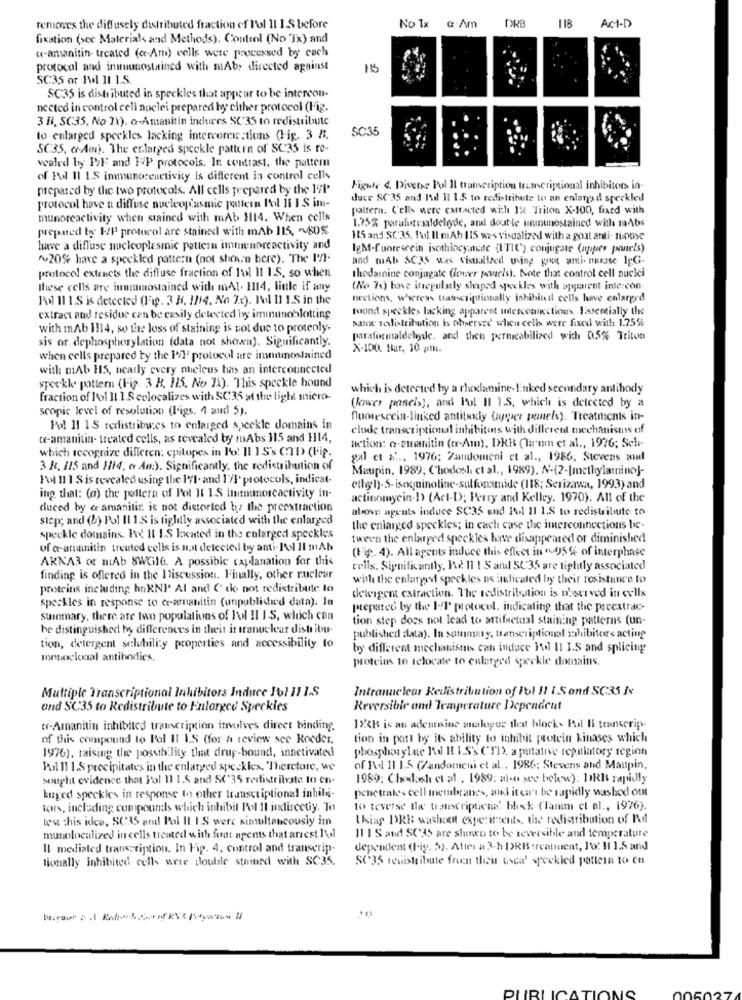
DRB
118
Act-D
removes the diffusely distributed fraction of l'ol 11 1.S before
No Ix a.Am
fixation (see Materials and Methods). Control (No 'jx) and
w-amanitin- treated (ce-Am) cells were processed by cach
protocol and inmunostained with mAb, directed against
115
SC35 or Ful 11 1.5.
SC35 is distributed in speckles that appear to be intercon-
nected in control celi nuclei prepared by either protocol (lig.
3 B. SC35, No Ix). a-Amanitin incures SC:35 to redistribute
SC35
to enlarged speckles lacking intercenarations (Fig. 3 8.
SC35, or-Aw). The erlarged speckle pattern of SC35 is re-
vealed by P/F and HP protocols. In contrast, the pattem
of Pol Il L.S immunoreactivity is different in control cells
prepared by the two protocols. All cells prepared by the 17P'
Figure 4. Divers Fol Il transcription transcriptional inhibitors in-
duce SC'35 and Iil il I.S to tedistribute to an enlarged speckled
protocol have a diffuse nucleoplasmic pattern Pol I1 1 S im-
pattern. Cells were extracted with It Triton X-100, fixed with
munoreactivity when stained with mAb H14. When cells
prepared by KP protocol are stained with mAb 115, ~ 80%
1.75% paraformaldelgde, and double immunostained with mAbs
115 and St'35. Pol Il mAb 115 was visualized with a goat anti- mouse
have a diffuse nucleoplasmic pattern immunoreactivity and
IgM-fuorescein isothincyanide (ITIC') conjugate (apper panels)
~20% have a speckled pattern (not shown here). The P/
and mAb SC35 was visualized using gruet ami- narasse IgGi-
protocol extracts the diffuse fraction of l'ol II I.S. so when
thodainine conjugate (lower panels). Note that control cell nuclei
these cells are inunnuostained with mAl. 1114, linle if any
(No hr) hne irregularly shaped suckles with apparent inte con-
Pool 11 1.S is detected (Fig. 3 H. 1/14, No Ix). Pol 11 1.5 in the
nections, whereas transcriptionally inhibial cells lave enlarged
tound speckle> lacking apparent interconnections. Essentially the
extract and residue can be easily detected by immunoblotting
same sedistribution is observed when cells were fixed with 1.75%
with iAb 1114, so the loss of staining is not due to proteoly-
sis or dephosphorylation (data not shown). Significantly.
paraformaldehyde, and then permeabilized with 05% Triton
X-100. Har, 10 pmli.
when cells prepared by the I'll protocol are innumostained
with mAb HS, nearly every mieleus has an interconnected
sporkke pattern (Fig. 3 B. 115. No Rx). This speckle bound
which is detected by a rhodamine-Enked secondary antibody
fraction of l'ol ]1 1.S colocalizes with SC35 at the light micro-
(lower paneis), and Pol Il 1.S, which is detected by a
scopic level of resolution (l'igs. 4 and 5).
fluorescein-linked antituly (apper panels). Treatments in-
Pal 11 1.S redistribu:es to enlarged speckle domains in
clude transcriptional inhibitons with different mechanismus of
w-amanitin- treated cells, as revealed by mAbs 115 and 1114,
which recognize differen: epitopes in Po' I1 15's CTD (Fip.
action: a-zmanitin (cr-Am). DKB (lamin et al ., 1976; Sch-
gal ct x :., 1976; Zandomeni et al ., 1986; Stevens annul
3 B. 115 and 114, er Am:). Significantly, the redistribution of
Maupin, 1989; C'hodosh et al ., 1989). N-(2-[methylamino]-
Fol Il 1 S is revealed using the 1/1. and I'/l' protocols, indicat-
ethyl)-5- isoquinoline-sulfonamide (188; Serizawa, 1993) and
ing that: (a) the poltern of Pot I1 1.S inmunorcactivity in-
actinomyein-D> (Act-D); Perry and Kelley. 1970). All of the
duced by & amanitir is not distorted by the preextraction
above agents induce SC35 and Pol 11 1.8 to redistribute to
step; and (b) Pol Il 1.S is tightly associated with the enlarged
the enlarged speckles; in each case the interconnections be-
speckle domains. Po! IL I.S located in the enlarged speckles
tween the enlarged speckles have disappeared or diminished
of a-ananitin treated cells is not detected by anti-Pol Il mAb
(Fig. 4). All agents induce this effect in ruf5% of interphase
ARNA3 or mAb 8WGil6. A possible caplanation for this
cells. Significantly, Pu! 11 1 S and SC35 are tightly associated
finding is offered in the Discussion. Finally, other rucleur
with the enlarged speckles as licated by their resistance to
proteins including hnKNI' Al and ( ck not redistribute to
delvigent catraction. The redistribution is observed in cells
speckles in response to c-amanitin (unpublished data). In
prepared by the IP protocol. indicating that the preextrac-
suinmary, there are two populations of l'ol II I S, which con
tion step does not lead to attifactual staining patterns (un-
he distinguished hy differences in their it tranuclear distribu-
published data). In summary, transcriptional inhibitors acting
tion, detergent sclubili:y properties and accessibility to
by different mechanisms can induce Fol II I.S and splicing
monoclonal antibodies.
proteins to relocate to enlarged speckle domains.
Multiple Transcriptional Inhibitors Induce Jol 11 IS
Intranuclear Redistribution of Fol !! I Sand SC35 Ix
and SC35 to Redistribute to Enlarged Speckles
Reversible and Temperature Dependent
tr-Amanitin inhibited transcription involves direct binding.
1X3B is an adenteine analogue that block. Pol Il transcrip-
of this compound to Pal IL LS (for a review sce Roeder.
tion in patt by its ability to inhibit protein kinases which
1976), raising the possibility that drup-bound, inactivated
phosphorylate Pul If I.S's CTD), a putative repniatory region
Fal I1 1.S precipitates in the enlarged speckles, 'Therefore, we
of Rol 11 15 (/andomeni et al ., 1986; Stevens and Maupin.
sought evidence that Fol 11 1.5 and SC35 redistribyste to en-
1989: Chod:sh et al ., 1989: ai-o see below). DRE rapidly
penetrake's cell membranes, and it can be rapidly washed out
buged speckles in response to other transcriptional inhibi-
tor, including compounds which inhibit Pol Il indirectiy. To
to teverse de trauscriptiena. blek (lamm et al ., 1976).
test this idea, SC35 and Pol Il I.S were simultaneously im
Usias DRE: washout experiments, the redistribution of Pol
munelocalized in cells treated with fuat agents that arest Ful
11 1 S and SC35 are shown to be teversible and temperature
Il mediated transcription. In Fig. 4, Control and transcrip-
dependent (Fig. 5). After a 3-h DRB treatment, J'o. Il 1.5 and
tionally inhibited cells were double stained with SC:35.
S(35 redistribute frun their usea' speckled pattern to en
PUBLICATIONS